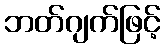
ဘတ်ဂျက်ဖြင့်